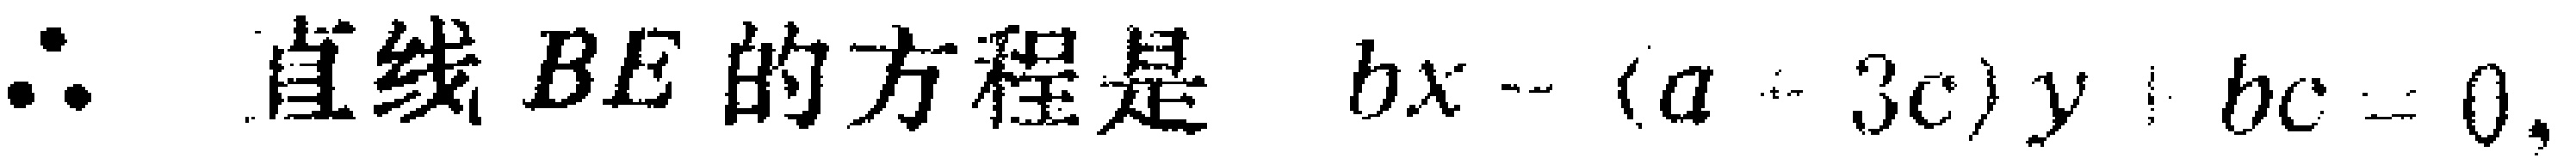
\(\therefore\) 直线 \(BE\) 的方程是 \(bx - (a - 3c)y+ bc = 0\)，